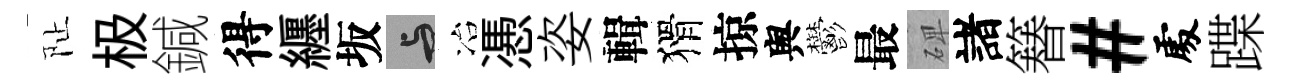
阯极鍼得纒坂与冶慿姿輯猾掠舆鬱最𥓓諸簮#𠁅蹀